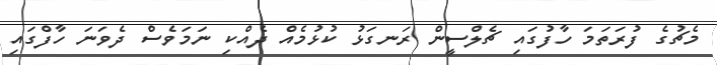
މެޗުގެ ފުރަތަމަ ހާފުގައި ޗެލްސީން ރަނގަޅު ކުޅުމެއް ދެއްކި ނަމަވެސް ދެވަނަ ހާފްގައި